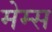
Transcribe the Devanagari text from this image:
मेम्स